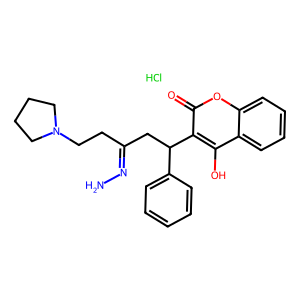
SMILES: Cl.NN=C(CCN1CCCC1)CC(c1ccccc1)c1c(O)c2ccccc2oc1=O
Inhibits HIV replication: No